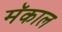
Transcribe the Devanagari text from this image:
मॅकाल